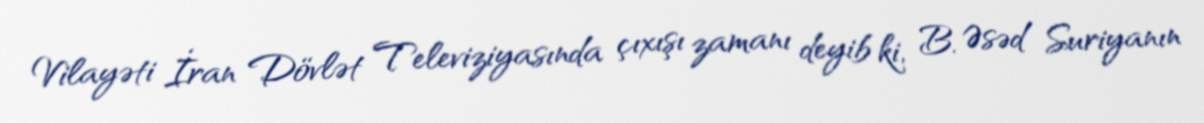
Vilayəti İran Dövlət Televiziyasında çıxışı zamanı deyib ki, B. Əsəd Suriyanın